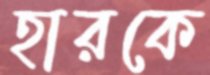
হারকে